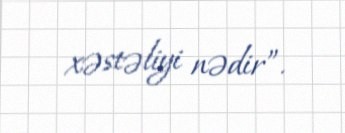
xəstəliyi nədir”.